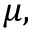
\mu ,